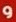
و